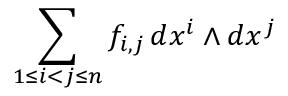
\sum _ { 1 \leq i < j \leq n } f _ { i , j } \, d x ^ { i } \wedge d x ^ { j }